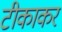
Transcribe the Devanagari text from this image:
टीकाकर